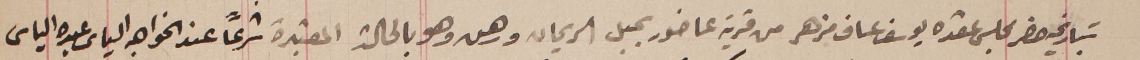
بتاريخه حضر مجلس عقده يوسف عساف مزهر من قرية عاضور بجبل الريحان ورهن وهو بالحالة المعتبره شرعاً عند الخواجه الياس عبده الياس